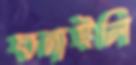
ঘনাইলি